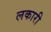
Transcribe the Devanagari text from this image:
लकारी